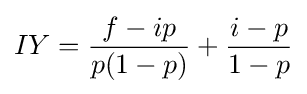
{IY={\frac {f-ip}{p(1-p)}}+{\frac {i-p}{1-p}}}